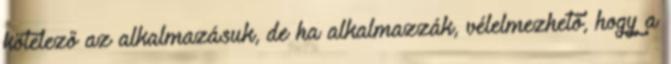
kötelező az alkalmazásuk, de ha alkalmazzák, vélelmezhető, hogy a